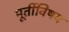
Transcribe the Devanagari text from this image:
मूर्तीविषय